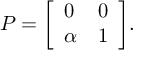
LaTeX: P = { \left[ \begin{array} { l l } { 0 } & { 0 } \\ { \alpha } & { 1 } \end{array} \right] } .